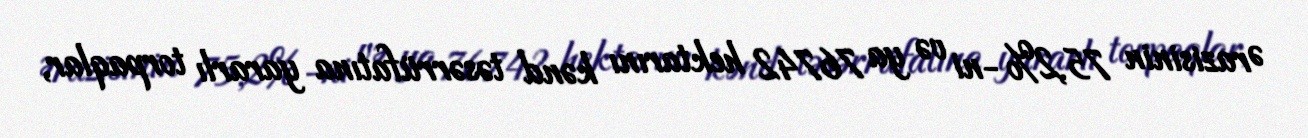
Ərazisinin 75,2%-ni və ya 76742 hektarını kənd təsərrüfatına yararlı torpaqlar,